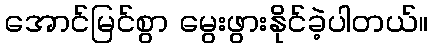
အောင်မြင်စွာ မွေးဖွားနိုင်ခဲ့ပါတယ်။